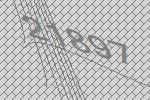
21897